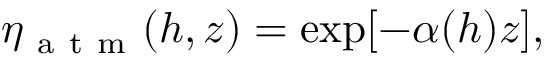
\eta _ { \mathrm { ~ a ~ t ~ m ~ } } ( h , z ) = \exp [ - \alpha ( h ) z ] ,